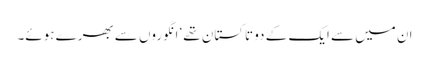
ان میں سے ایک کے دو تاکستان تھے‘ انگوروں سے بھرے ہوئے۔